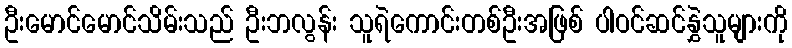
ဦးမောင်မောင်သိမ်းသည် ဦးဘလွန်း သူရဲကောင်းတစ်ဦးအဖြစ် ပါဝင်ဆင်နွှဲသူများကို